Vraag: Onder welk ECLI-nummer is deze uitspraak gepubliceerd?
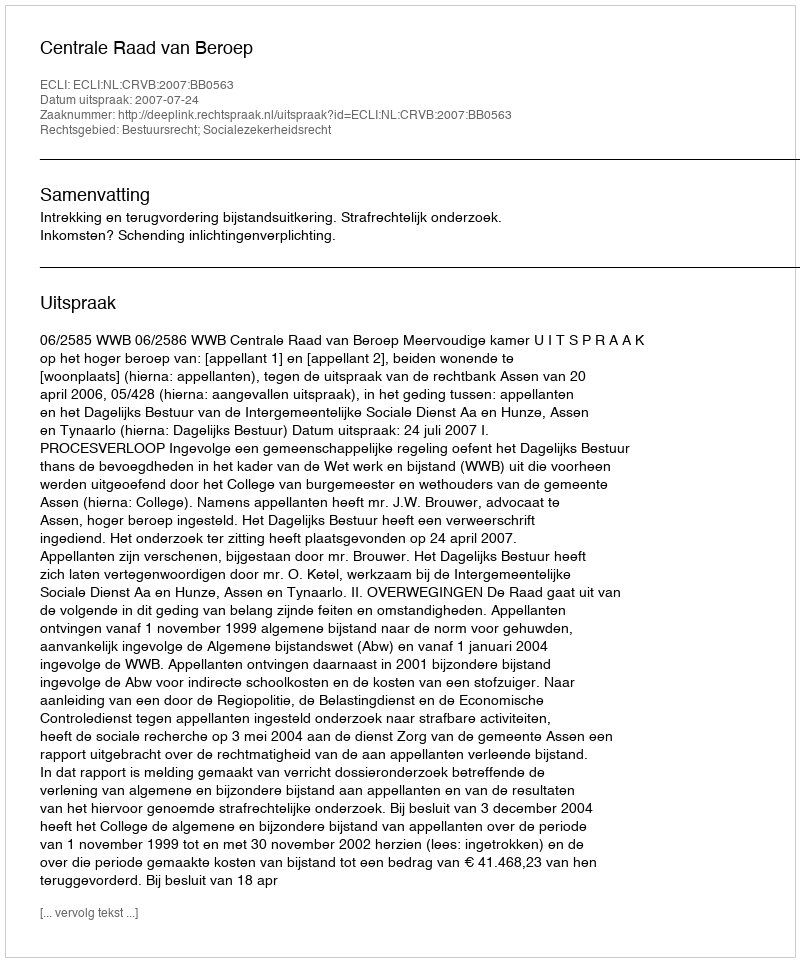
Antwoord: ECLI:NL:CRVB:2007:BB0563